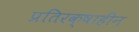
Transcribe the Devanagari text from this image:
प्रतिरक्षाहीन